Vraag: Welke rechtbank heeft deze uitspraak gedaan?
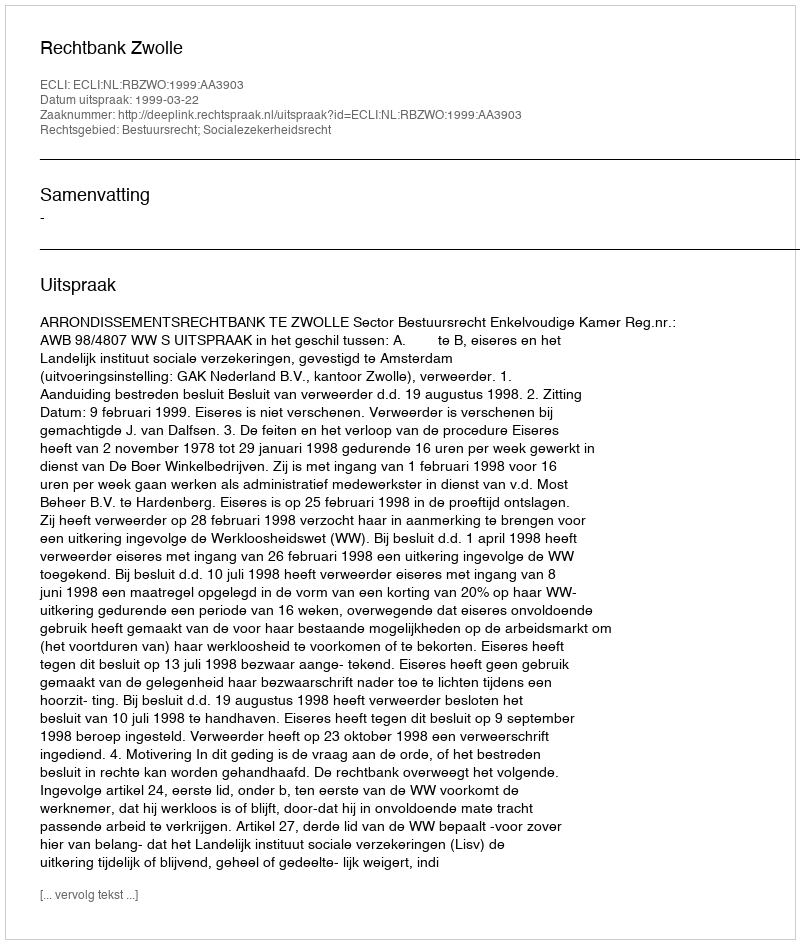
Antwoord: Rechtbank Zwolle